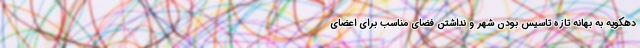
دهکویه به بهانه تازه تاسیس بودن شهر و نداشتن فضای مناسب برای اعضای